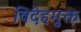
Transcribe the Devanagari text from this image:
विदेहमुक्त